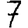
Digit: 7